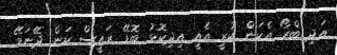
އަދި ބްރޯ އެކަން ކުރީ އެއީ އިދިކޮޅު ބޮޑޭ ރައީސް ކަން ދޭނަމޭ